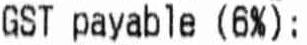
GST PAYABLE (6%)